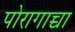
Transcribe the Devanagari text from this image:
पोरागाच्चा